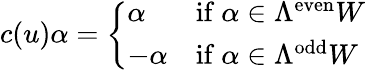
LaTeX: c(u)\alpha={\left\{ \begin{array}{ll}{\alpha}&{{\mathrm{if~}}\alpha\in\Lambda^{\mathrm{even}}W}\\ {-\alpha}&{{\mathrm{if~}}\alpha\in\Lambda^{\mathrm{odd}}W}\end{array}\right.}